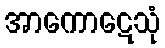
အာကောဋေသုံ